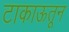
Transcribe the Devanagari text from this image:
टाकाऊतून